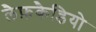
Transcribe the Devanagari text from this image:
लैफ़कैडियो